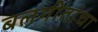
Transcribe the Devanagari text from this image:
बलगीतांचा